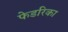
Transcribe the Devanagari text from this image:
फेडरिका